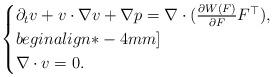
LaTeX: \begin{align*}\begin{cases}\partial_tv + v\cdot\nabla v + \nabla p = \nabla\cdot(\frac{\partial W(F)}{\partial F}F^\top),\\begin{align*}-4mm]\\\nabla\cdot v = 0.\end{cases}\end{align*}